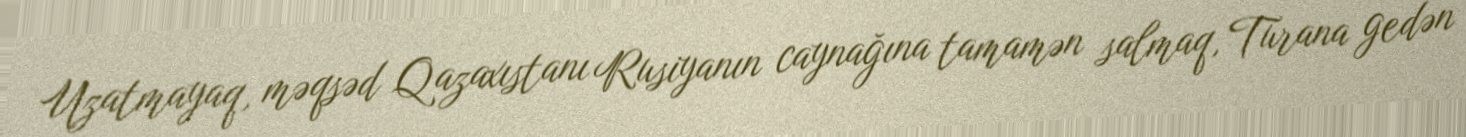
Uzatmayaq, məqsəd Qazaxıstanı Rusiyanın caynağına tamamən salmaq, Turana gedən